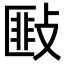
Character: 𢾻